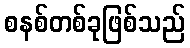
စနစ်တစ်ခုဖြစ်သည်